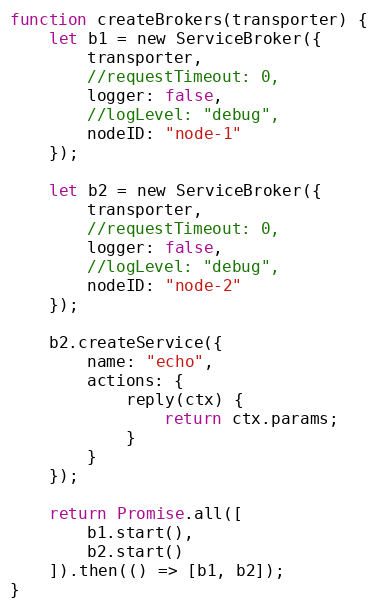
Language: JavaScript
function createBrokers(transporter) {
	let b1 = new ServiceBroker({
		transporter,
		//requestTimeout: 0,
		logger: false,
		//logLevel: "debug",
		nodeID: "node-1"
	});

	let b2 = new ServiceBroker({
		transporter,
		//requestTimeout: 0,
		logger: false,
		//logLevel: "debug",
		nodeID: "node-2"
	});

	b2.createService({
		name: "echo",
		actions: {
			reply(ctx) {
				return ctx.params;
			}
		}
	});

	return Promise.all([
		b1.start(),
		b2.start()
	]).then(() => [b1, b2]);
}